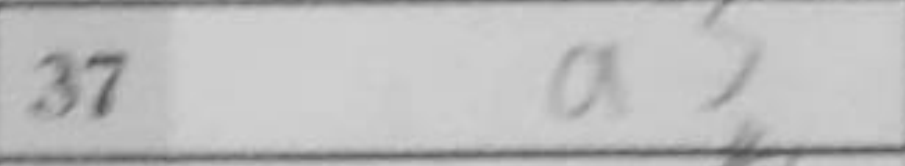
Transcription: a3